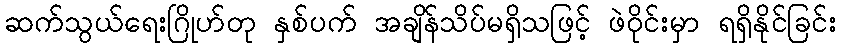
ဆက်သွယ်ရေးဂြိုဟ်တု နှစ်ပက် အချိန်သိပ်မရှိသဖြင့် ဖဲဝိုင်းမှာ ရရှိနိုင်ခြင်း